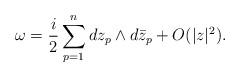
LaTeX: \begin{align*} \omega = \frac{i}{2} \sum_{p=1}^n dz_p \wedge d\bar{z}_p + O(|z|^2).\end{align*}